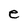
Character: e